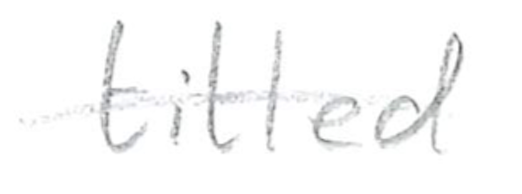
Text: titled
Cross-out: single-line
Writing tool: pencil